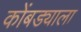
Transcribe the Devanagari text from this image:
कोंबड्याला